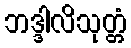
ဘဒ္ဒါလိသုတ္တံ